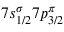
7 s _ { 1 / 2 } ^ { \sigma } 7 p _ { 3 / 2 } ^ { \pi }